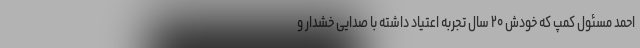
احمد مسئول کمپ که خودش ۲۰ سال تجربه اعتیاد داشته با صدایی خشدار و